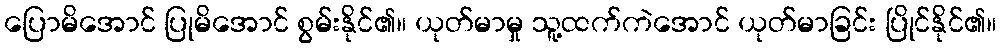
ပြောမိအောင် ပြုမိအောင် စွမ်းနိုင်၏။ ယုတ်မာမှု သူ့ထက်ကဲအောင် ယုတ်မာခြင်း ပြိုင်နိုင်၏။